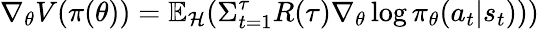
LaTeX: \nabla_{\theta}V(\pi(\theta))=\mathbb{E}_{\mathcal{H}}(\Sigma_{t=1}^{\tau}R(\tau)\nabla_{\theta}\log\pi_{\theta}(a_{t}|s_{t})))